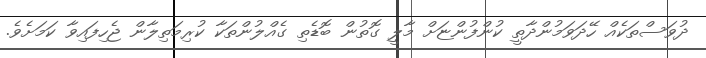
ދުވަސްތަކެއް ހޭދަވަމުންދާތީ ކުންފުންޏަށް މާލީ ގޮތުން ބޮޑެތި ގެއްލުންތަކާ ކުރިމަތިލާން ޖެހިފައިވާ ކަމަށެވެ.